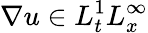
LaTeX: \nabla u\in L_{t}^{1}L_{x}^{\infty}